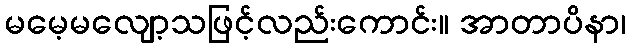
မမေ့မလျော့သဖြင့်လည်းကောင်း။ အာတာပိနာ၊